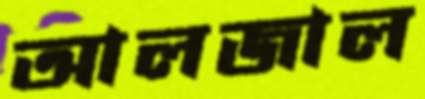
আলজাল